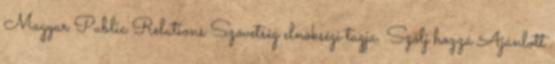
Magyar Public Relations Szövetség elnökségi tagja. Szólj hozzá Ajánlott